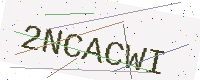
Text: 2NCACWI